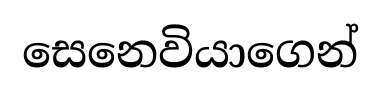
සෙනෙවියාගෙන්